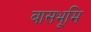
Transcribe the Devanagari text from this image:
बासभूमि